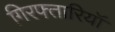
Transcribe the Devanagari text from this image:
गिरफ्तारियॉ